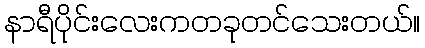
နာရီပိုင်းလေးကတခုတင်သေးတယ်။